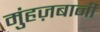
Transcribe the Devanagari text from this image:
मुंहज़बानी